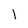
Character: l